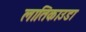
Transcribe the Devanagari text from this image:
लातिकाउडा